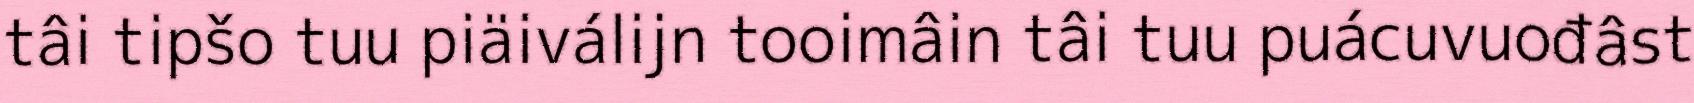
tâi tipšo tuu piäiválijn tooimâin tâi tuu puácuvuođâst